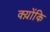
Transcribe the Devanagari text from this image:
क्य़ोंकि